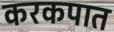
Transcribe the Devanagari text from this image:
करकपात